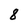
Character: 8